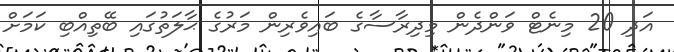
އަދި 20 މިނެޓް ވަންދެން މިދިރާސާގެ ބައިވެރިން މަރުގެ ޙާލަތުގައި ބޭތިއްބި ކަމަށް